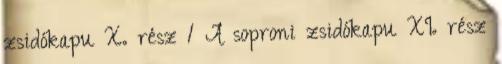
zsidókapu X. rész 1 A soproni zsidókapu XI. rész